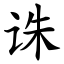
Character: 诛